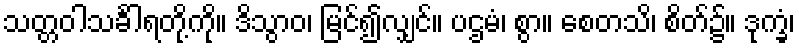
သတ္တဝါသင်္ခါရတို့ကို။ ဒိသွာဝ၊ မြင်၍လျှင်။ ပဌမံ၊ စွာ။ စေတသိ၊ စိတ်၌။ ဒုက္ခံ၊